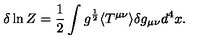
\delta \ln Z = { \frac { 1 } { 2 } } \int g ^ { \frac { 1 } { 2 } } \langle T ^ { \mu \nu } \rangle \delta g _ { \mu \nu } d ^ { 4 } x \space .